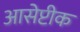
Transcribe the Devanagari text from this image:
आसेप्टीक